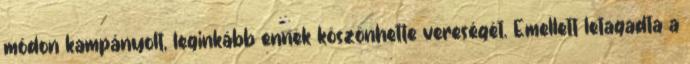
módon kampányolt, leginkább ennek köszönhette vereségét. Emellett letagadta a